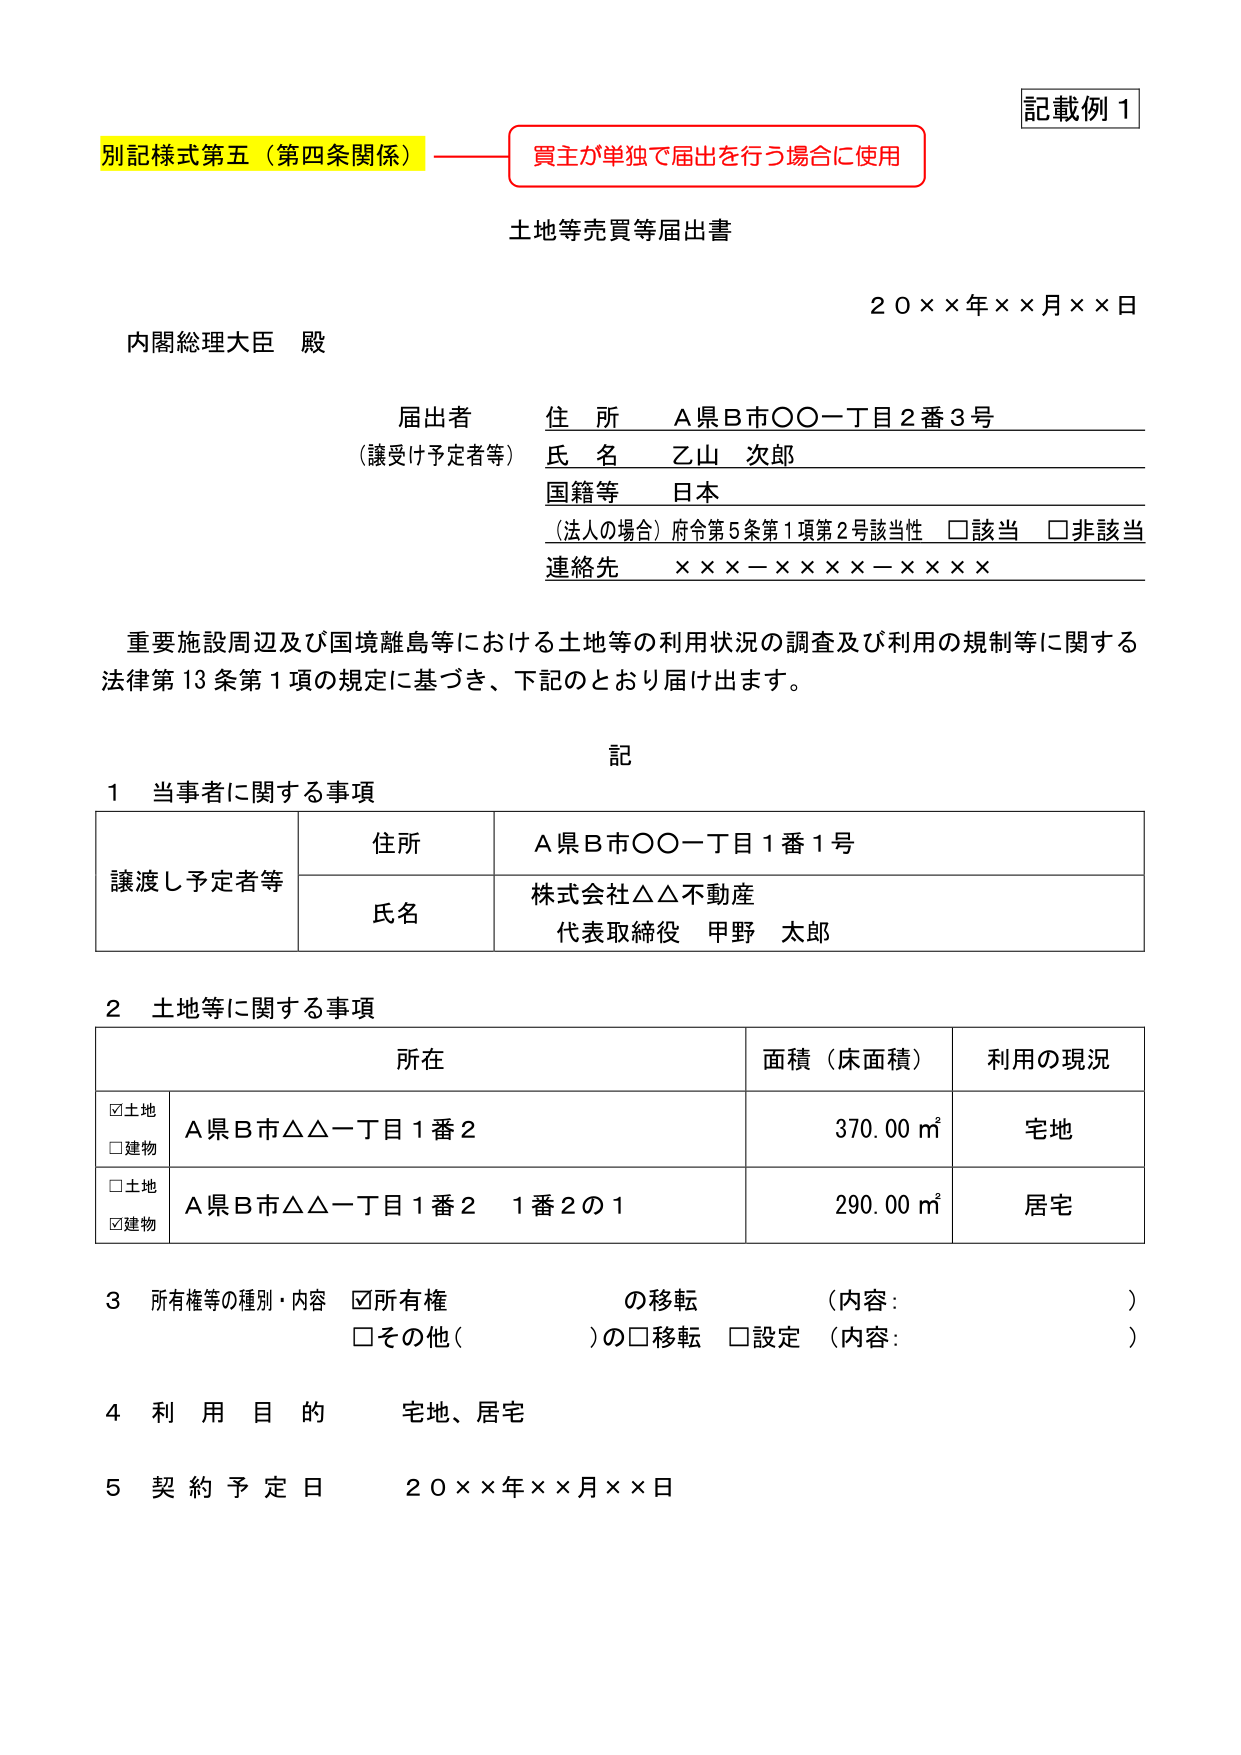
記載例1
別記様式第五（第四条関係）——買主が単独で届出を行う場合に使用
土地等売買等届出書
２０××年××月××日
内閣総理大臣 殿
届出者 住所 A県B市〇〇一丁目2番3号
（譲受け予定者等） 氏名 乙山 次郎
国籍等 日本
（法人の場合）府令第5条第1項第2号該当性 □該当 □非該当
連絡先 ×××－××××－××××
重要施設周辺及び国境離島等における土地等の利用状況の調査及び利用の規制等に関する
法律第13条第1項の規定に基づき、下記のとおり届け出ます。
記
1 当事者に関する事項
譲渡し予定者等 住所 A県B市〇〇一丁目1番1号
氏名 株式会社△△不動産
代表取締役 甲野 太郎
2 土地等に関する事項
所在 面積（床面積） 利用の現況
☑土地 A県B市△△一丁目1番2 370.00㎡ 宅地
□建物
□土地 A県B市△△一丁目1番2 1番2の1 290.00㎡ 居宅
☑建物
3 所有権等の種別・内容 ☑所有権 の移転 （内容： ）
□その他（ ）の□移転 □設定 （内容： ）
4 利用目的 宅地、居宅
5 契約予定日 ２０××年××月××日